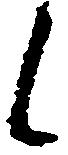
候